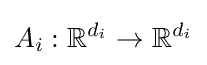
A_{i}:\mathbb {R} ^{d_{i}}\to \mathbb {R} ^{d_{i}}